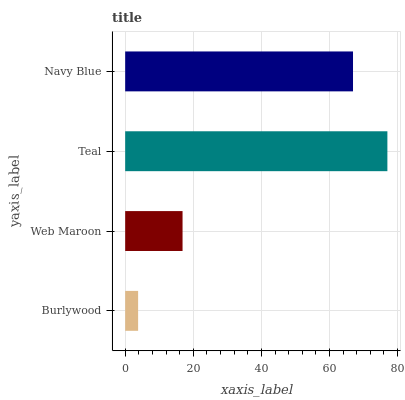
| yaxis_label | bars |
 | --- | --- |
 | Burlywood | 3.8 |
 | Web Maroon | 16.8 |
 | Teal | 77 |
 | Navy Blue | 66.9 |